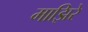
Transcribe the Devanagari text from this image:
माझिरे